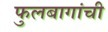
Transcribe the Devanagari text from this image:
फुलबागांची